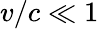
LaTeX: v/c\ll 1